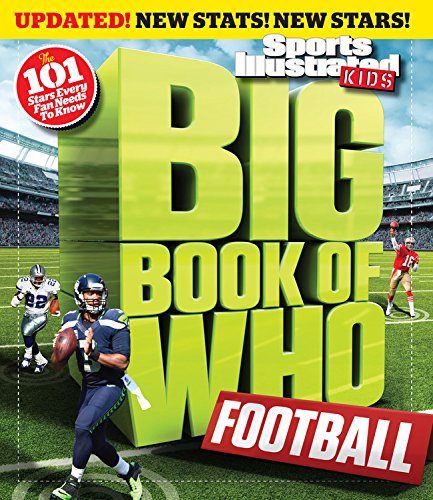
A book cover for Big Book of Who: Football Revised & Updated; Editors of Sports Illustrated for Kids; Children's Books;